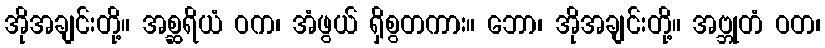
အိုအချင်းတို့။ အစ္ဆရိယံ ဝက၊ အံဖွယ် ရှိစွတကား။ ဘော၊ အိုအချင်းတို့။ အဗ္ဘုတံ ဝတ၊